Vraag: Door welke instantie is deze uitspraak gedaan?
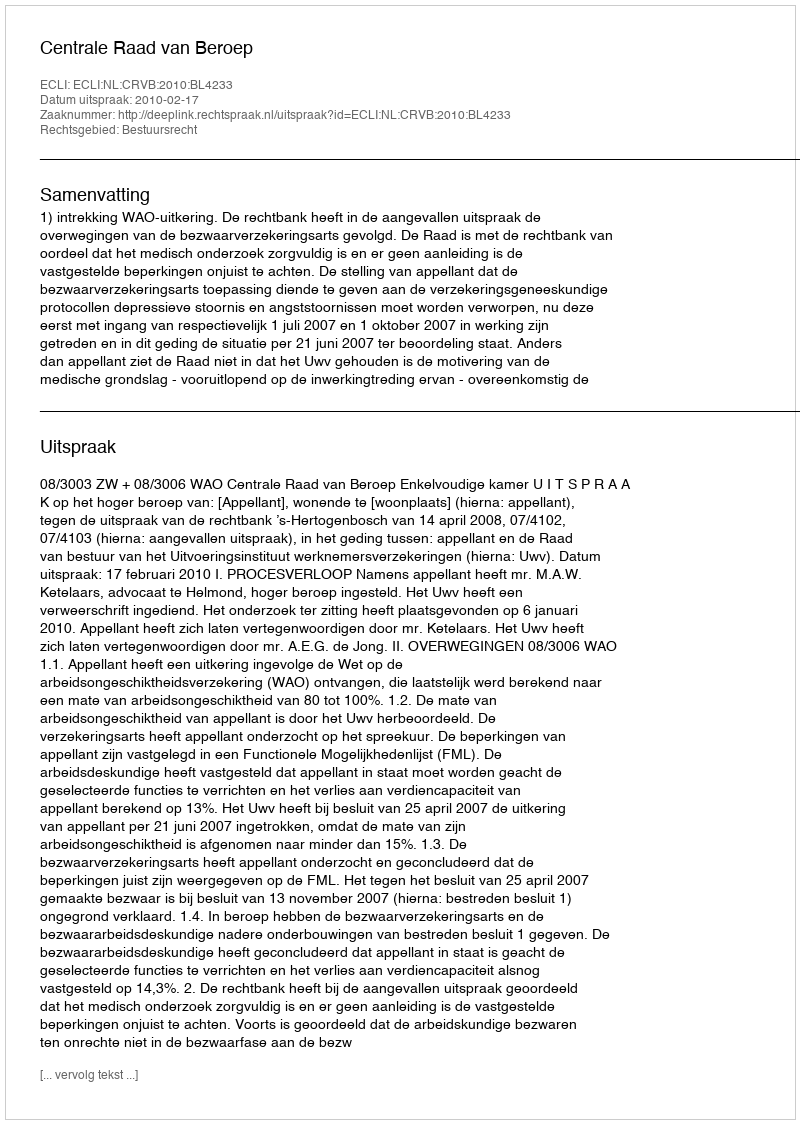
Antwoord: Centrale Raad van Beroep